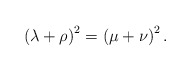
\begin{align*}\left(\lambda+\rho\right)^2=\left(\mu+\nu\right)^2.\end{align*}